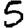
Digit: 5